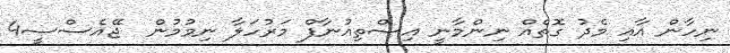
ނިހާން އާއި މެދު ގޮތެއް ނިންމާނީ އިސްތިއުނާފް މަރުހަލާ ނިމުމުން  ޖޭއެސްސީ4